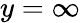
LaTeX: y=\infty